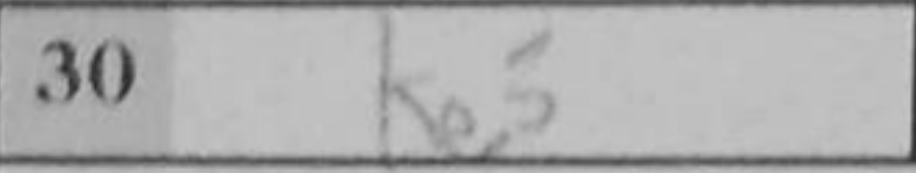
Transcription: Ke5